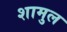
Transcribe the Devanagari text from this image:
शामुल